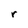
Character: r